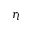
r _ { l }